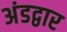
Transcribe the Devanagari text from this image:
अंडद्वार